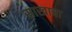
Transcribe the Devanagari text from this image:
साखाचा